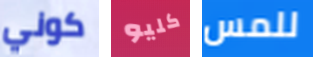
كوني كليو للمس